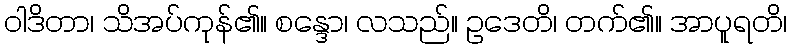
ဝါဒိတာ၊ သိအပ်ကုန်၏။ စန္ဒော၊ လသည်။ ဥဒေတိ၊ တက်၏။ အာပူရတိ၊